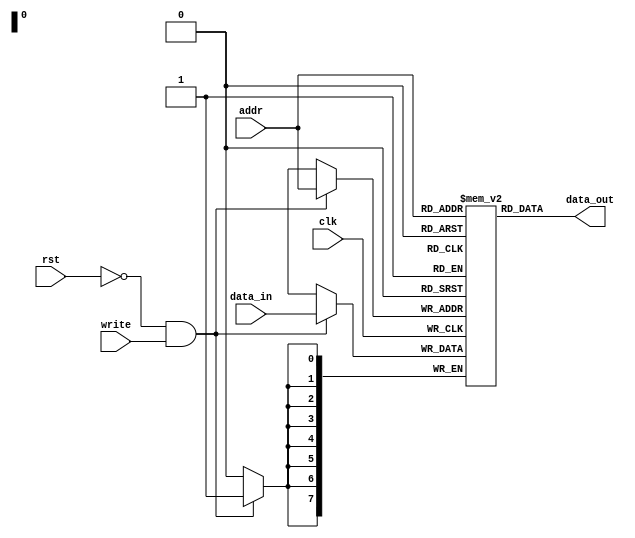
`timescale 1ns / 1ps
//////////////////////////////////////////////////////////////////////////////////
// Company: 
// Engineer: 
// 
// Design Name: 
// Module Name: cache_mem
// Project Name: 
// Target Devices: 
// Tool Versions: 
// Description: 
//   
// Dependencies: 
// 
// Revision:
// Revision 0.01 - File Created
// Additional Comments:
// 
//////////////////////////////////////////////////////////////////////////////////


module cache_mem(clk, rst, write, data_in, addr, data_out);
parameter ADDR_WIDTH = 8;
parameter MEM_DEPTH = 1<<ADDR_WIDTH;
parameter DATA_WIDTH = 8;

input clk;
input rst;
input write;  // write enable
input [DATA_WIDTH-1:0] data_in;
input [ADDR_WIDTH-1:0] addr;
output [DATA_WIDTH-1:0] data_out;

reg [DATA_WIDTH-1:0] mem [MEM_DEPTH-1:0];
reg [ADDR_WIDTH-1+1:0] i;

//assign data_out = (write | rst) ? 32'b0 : mem[addr];
assign data_out = mem[addr];

always @(posedge clk) begin
    if(!rst && write) begin
        mem[addr] <= data_in;
    end
end

endmodule